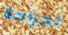
لجراحة